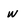
Character: w